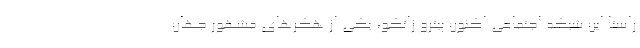
راستا این شبکه اجتماعی اکنون پیترو زاتکو، یکی از هکرهای مشهور جهان